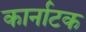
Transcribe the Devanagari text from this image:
कार्नाटक